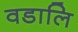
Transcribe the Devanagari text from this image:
वडालि